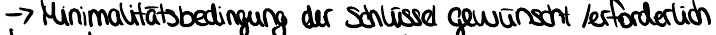
-> Minimalitätsbedingung der Schlüssel gewünscht / erforderlich